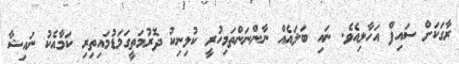
ރާގަކަށް ސައިފް އަހާލިއެވެ. ނައި ބަލައެއް ނާންނަންތަމިހުރީ ކުލިނިކު ދޮރުމަތީގަމަޑުމައިތިރި ކަމާއެކު ނައިޝާ